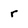
Character: r